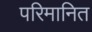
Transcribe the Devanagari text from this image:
परिमानित